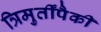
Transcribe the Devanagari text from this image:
त्रिमुर्तींपैकी